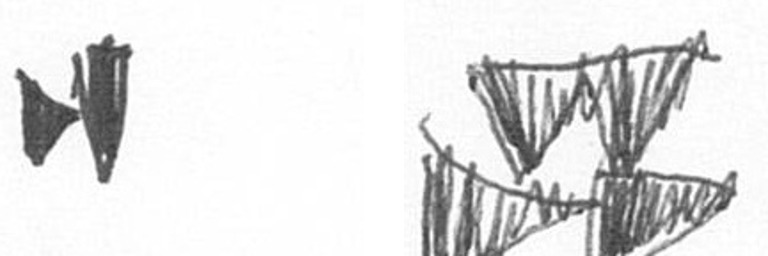
M B